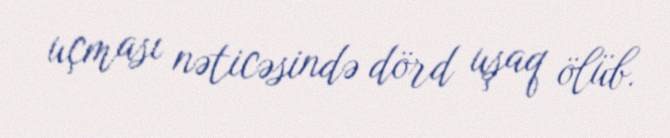
uçması nəticəsində dörd uşaq ölüb.